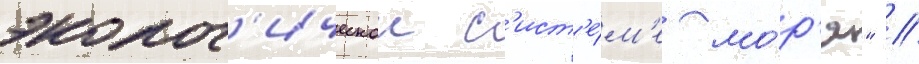
эколог'ическои с'ист'е́м'е мо́р'я" //